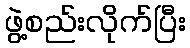
ဖွဲ့စည်းလိုက်ပြီး